Papers set at the Examination for Leaving Certificates, 1890
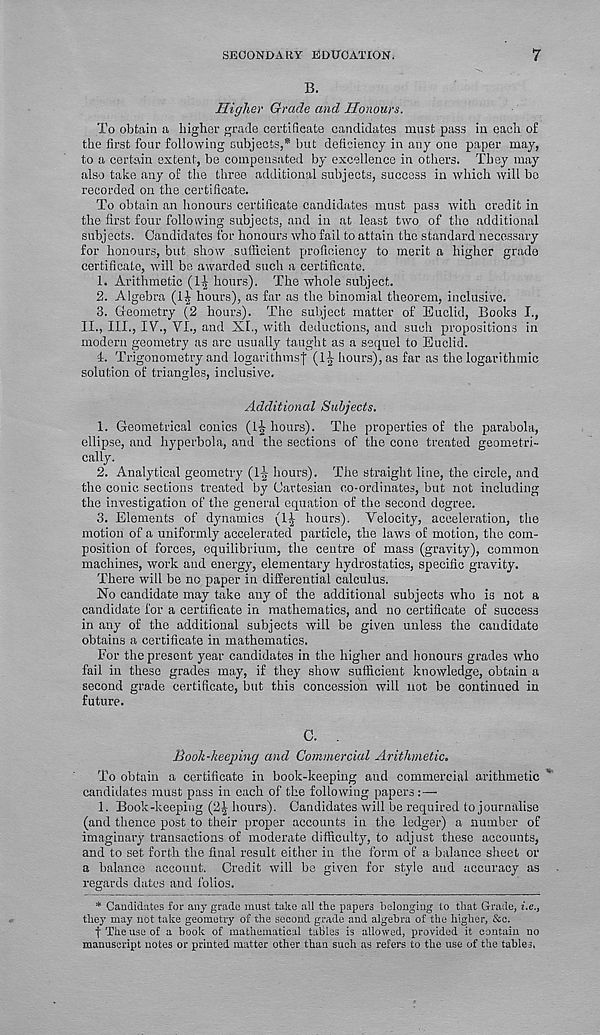
SECONDARY EDUCATION.
7
B.
Higher Grade and Honours.
To obtain a higher grade certificate candidates must pass in each of
the first four following subjects,* but deficiency in any one paper may,
to a certain extent, be compensated by excellence in others. They may
also take any of the three additional subjects, success in which will bo
recorded on the certificate.
To obtain an honours certificate candidates must pass with credit in
the first four following subjects, and in at least two of the additional
subjects. Candidates for honours who fail to attain the standard necessary
for honours, but show sufficient proficiency to merit a higher grade
certificate, will be awarded such a certificate.
1. Arithmetic (1^ hours). The whole subject.
2. Algebra (1| hours), as far as the binomial theorem, inclusive.
3. Geometry (2 hours). The subject matter of Euclid, Books I.,
II., III., IV., VI., and XI., with deductions, and such propositions in
modern geometry as are usually taught as a sequel to Euclid.
4. Trigonometry and logarithms^ (l^ hours), as far as the logarithmic
solution of triangles, inclusive.
Additional Subjects.
1. Geometrical conics (1-Jr hours). The properties of the parabola,
ellipse, and hyperbola, and the sections of the cone treated geometri-
cally.
2. Analytical geometry (l£ hours). The straight line, the circle, and
the conic sections treated by Cartesian co-ordinates, but not including
the investigation of the general equation of the second degree.
3. Elements of dynamics (1^ hours). Velocity, acceleration, the
motion of a uniformly accelerated particle, the laws of motion, the com-
position of forces, equilibrium, the centre of mass (gravity), common
machines, work and energy, elementary hydrostatics, specific gravity.
There will be no paper in differential calculus.
No candidate may take any of the additional subjects who is not a
candidate for a certificate in mathematics, and no certificate of success
in any of the additional subjects will be given unless the candidate
obtains a certificate in mathematics.
For the present year candidates in the higher and honours grades who
fail in these grades may, if they show sufficient knowledge, obtain a
second grade certificate, but this concession will not be continued in
future.
C. .
Book-keeping and Commercial Arithmetic.
To obtain a certificate in book-keeping and commercial arithmetic
candidates must pass in each of the following papers :—-
1. Book-keeping (2£ hours). Candidates will be required to journalise
(and thence post to their proper accounts in the ledger) a number of
imaginary transactions of moderate difficulty, to adjust these accounts,
and to set forth the final result either in the form of a balance sheet or
a balance account. Credit will be given for style and accuracy as
regards dates and folios.
* Candidates for any grade must take all the papers belonging to that Grade, i.e.,
they may not take geometry of the second grade and algebra of the higher, &c.
f The use of a book of mathematical tables is allowed, provided it contain no
manuscript notes or printed matter other than such as refers to the use of the tables.